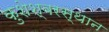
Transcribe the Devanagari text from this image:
कुशेश्वरस्थान